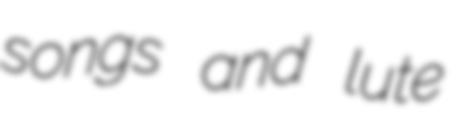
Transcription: songs and lute